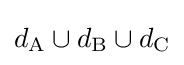
d_{\mathrm {A} }\cup d_{\mathrm {B} }\cup d_{\mathrm {C} }